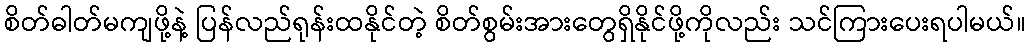
စိတ်ဓါတ်မကျဖို့နဲ့ ပြန်လည်ရုန်းထနိုင်တဲ့ စိတ်စွမ်းအားတွေရှိနိုင်ဖို့ကိုလည်း သင်ကြားပေးရပါမယ်။